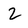
Character: Z